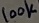
Text: 100K